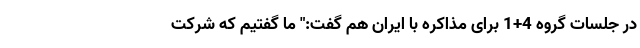
در جلسات گروه 4+1 برای مذاکره با ایران هم گفت:" ما گفتیم که شرکت